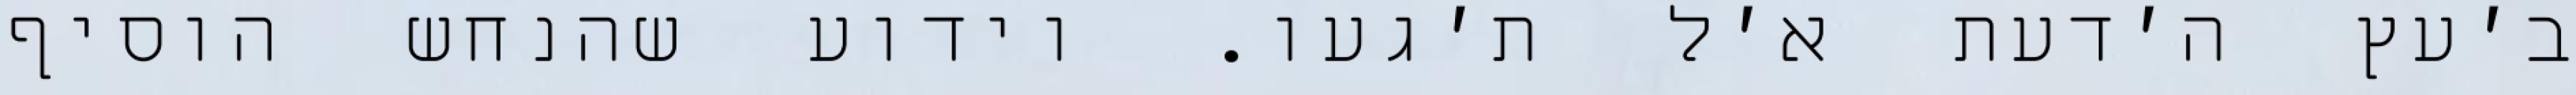
ב׳עץ ה׳דעת א׳ל ת׳געו. וידוע שהנחש הוסיף